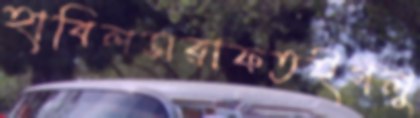
হাবিলসরাফতইগলু